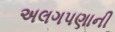
અલગપણાની